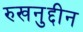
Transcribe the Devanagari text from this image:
रुखनुद्दीन